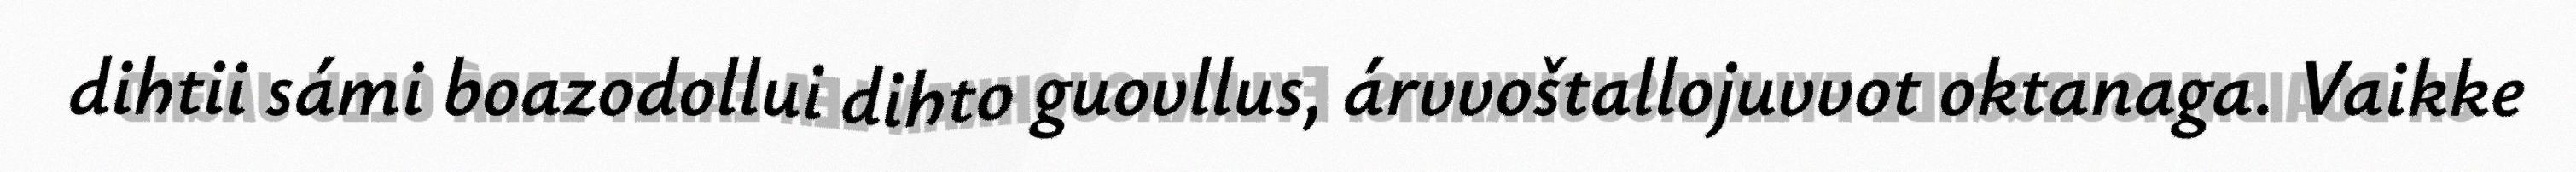
dihtii sámi boazodollui dihto guovllus, árvvoštallojuvvot oktanaga. Vaikke